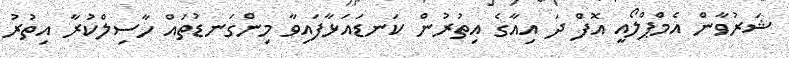
ޝަރުވާން އެމްޕްލޯއީ އޮފް ދަ އިއާގެ އިތުރުން ކަނޑައަޅާފައިވާ މިންގަނޑުތައް ހާސިލްކުރާ އިތުރު